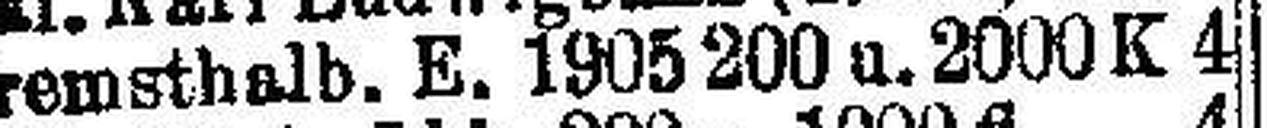
Kremsthalb. E. 1905 200 u. 2000 K 4